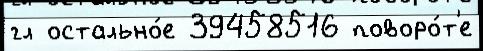
гл остально́е 39458516 поворо́т'е